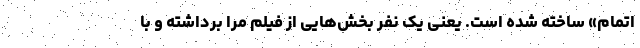
اتمام» ساخته شده است. یعنی یک نفر بخش‌هایی از فیلم مرا برداشته و با